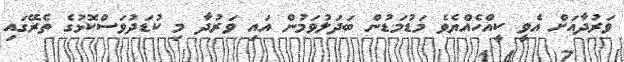
ވަރުދާއަށް އެވީ ކީއްހެއްޔެވެ މަޑުމަޑުން ބަދަލުވަމުން އައި ވަރުދާ މި ކުޑަދުވަސްކޮޅުގެ ތެރޭގައި